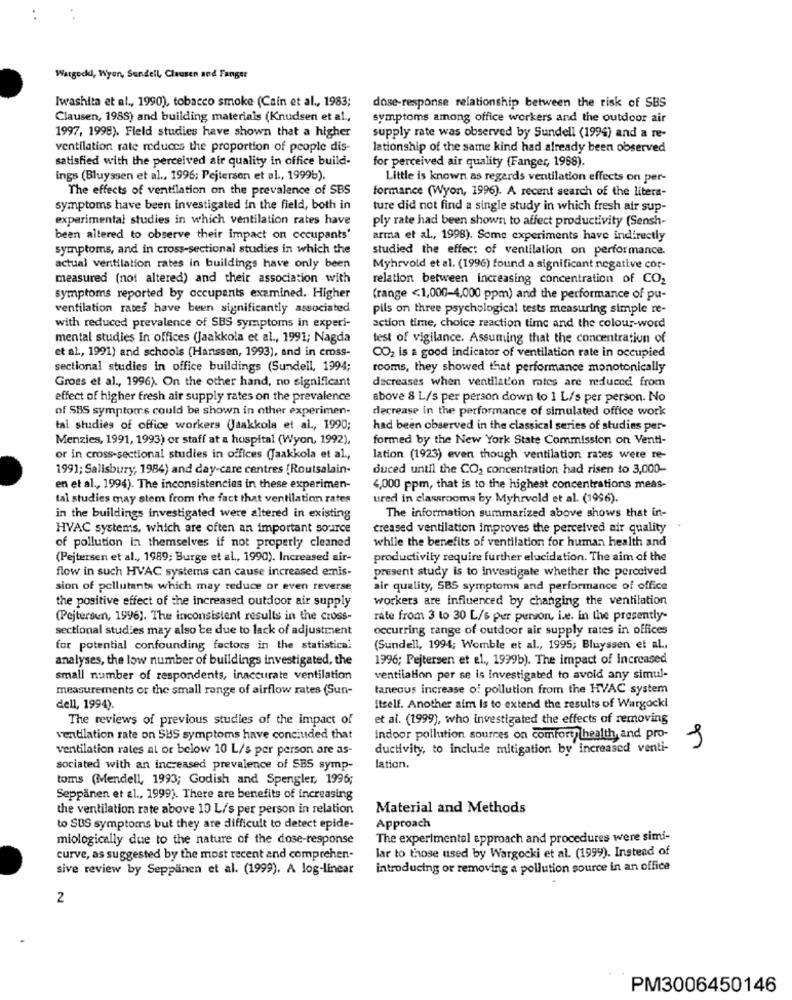
..
Watgodkd, Wyon, Sundell, Clausen and Fanger
Iwashita et al ., 1990), tobacco smoke (Cain et al ., 1983;
dose-response relationship between the risk of SBS
Clausen, 1988) and building materials (Knudsen et al .,
symptoms among office workers and the outdoor air
1997, 1998). Fleld studies have shown that a higher
supply rate was observed by Sundell (1994) and a re-
ventilation rate reduces the proportion of people dis-
lationship of the same kind had already been observed
satisfied with the perceived air quality in office build-
for perceived air quality (Fanger, 1968).
ings (Bluyssen et al ., 1996; Pejtersen et al ., 1999b).
Little is known as regards ventilation effects on per-
The effects of ventilation on the prevalence of SBS
formance (Wyon, 1996). A recent search of the litera-
symptoms have been investigated in the field, both in
ture did not find a single study in which fresh air sup-
experimental studies in which ventilation rates have
ply rate had been shown to affect productivity (Sensh-
been altered to observe their impact on occupants'
arma et al ., 1998). Some experiments have indirectly
symptoms, and in cross-sectional studies in which the
studied the effect of ventilation on performance.
actual ventilation rates in buildings have only been
Myhrvold et al. (1996) found a significant negative cor-
measured (not altered) and their association with
relation between increasing concentration of CO2
symptoms reported by occupants examined. Higher
(range <1,000-4,000 ppm) and the performance of pu-
ventilation rates have been significantly associated
pils on three psychological tests measuring simple re-
with reduced prevalence of SBS symptoms in experi-
action time, choice reaction time and the colour-word
mental studies in offices (Jaakkola et al ., 1991; Nagda
test of vigilance. Assuming that the concentration of
et al ., 1991) and schools (Hanssen, 1993), and in cross-
CO2 is a good indicator of ventilation rate in occupied
sectional studies in office buildings (Sundell, 1994;
rooms, they showed that performance monotonically
decreases when ventilat'on rates are reduced from
Groes et al ., 1996). On the other hand, no significant
effect of higher fresh air supply rates on the prevalence
above 8 L/s per person down to 1 L/s per person. No
of SBS symptoms could be shown in other experimen-
decrease in the performance of simulated office work
tal studies of office workers (Jaakkola et al ., 1990;
had been observed in the classical series of studies per-
Menzies, 1991, 1993) or staff at a hospital (Wyon, 1992),
formed by the New York State Commission on Venti-
or in cross-sectional studies in offices (Jaakkola et al .,
lation (1923) even though ventilation rates were re-
1991; Salisbury, 1984) and day-care centres [Routsalain-
duced until the CO, concentration had risen to 3,000-
en et al ., 1994). The inconsistencies in these experimen-
4,000 ppm, that is to the highest concentrations meas-
tal studies may stem from the fact that ventilation rates
ured in classrooms by Myhrvold et al. (1996).
in the buildings investigated were altered in existing
The information summarized above shows that in-
HVAC systems, which are often an important source
creased ventilation improves the perceived air quality
while the benefits of ventilation for human health and
of pollution in themselves if not properly cleaned
(Pejtersen et al ., 1989; Burge et al ., 1990). Increased air-
productivity require further elucidation. The aim of the
present study is to investigate whether the perceived
flow in such HVAC systems can cause increased emnis-
sion of pollutants which may reduce or even reverse
air quality, SBS symptoms and performance of office
the positive effect of the increased outdoor air supply
workers are influenced by changing the ventilation
(Pejtersun, 1996). The inconsistent results in the cross-
rate from 3 to 30 L/s per person, i.e. in the presently-
sectional studies may also be due to lack of adjustment
occurring range of outdoor air supply rates in offices
for potential confounding factors in the statistica:
(Sundell, 1994; Womble et al ., 1995; Bluyssen et al .,
analyses, the low number of buildings investigated, the
1996; Pejtersen et al ., 1999b). The impact of increased
small number of respondents, inaccurate ventilation
ventilation per se is investigated to avoid any simul-
measurements or the small range of airflow rates (Sun-
taneous increase of pollution from the HVAC system
dell, 1994).
itself. Another aim Is to extend the results of Wargocki
The reviews of previous studies of the impact of
et al. (1999), who investigated the effects of removing
ventilation rate on SUS symptoms have conciuded that
indoor pollution sources on comfort/ health, and pro-
ventilation rates al or below 10 L/s per person are as-
ductivity, to include mitigation by increased venti-
sociated with an increased prevalence of SBS symp-
lation.
toms (Mendell, 1993; Godish and Spengler, 1996;
Seppänen et al ., 1999). There are benefits of increasing
the ventilation rate above 10 L/s per person in relation
Material and Methods
to SUS symptoms but they are difficult to detect epide-
Approach
miologically due to the nature of the dose-response
The experimental approach and procedures were simi-
curve, as suggested by the most recent and comprehen-
lar to those used by Wargocki et al. (1999). Instead of
sive review by Seppanen et al. (1999). A log-linear
introducing or removing a pollution source in an office
2
PM3006450146